Scientific memoirs by medical officers of the Army of India - Part XII,
Year: 1901
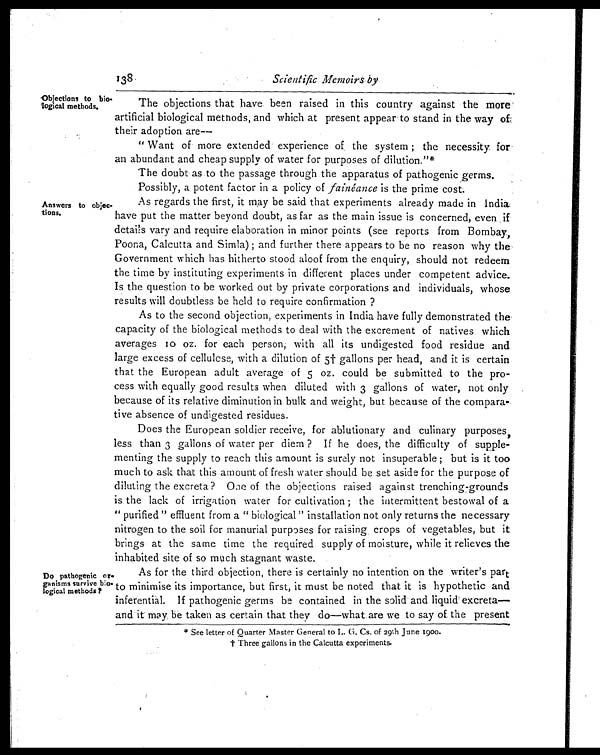
138
Scientific Memoirs by
Objections to bio
-logical methods.
Answers to objec
-tions.
The objections that have been raised in this country against the more
artificial biological methods, and which at present appear to stand in the way of
their adoption are—
"Want of more extended experience of the system; the necessity for
an abundant and cheap supply of water for purposes of dilution."*
The doubt as to the passage through the apparatus of pathogenic germs.
Possibly, a potent factor in a policy of
fainéance is the prime cost.
As regards the first, it may be said that experiments already made in India
have put the matter beyond doubt, as far as the main issue is concerned, even if
details vary and require elaboration in minor points (see reports from Bombay,
Poona, Calcutta and Simla); and further there appears to be no reason why the
Government which has hitherto stood aloof from the enquiry, should not redeem
the time by instituting experiments in different places under competent advice.
Is the question to be worked out by private corporations and individuals, whose
results will doubtless be held to require confirmation?
As to the second objection, experiments in India have fully demonstrated the
capacity of the biological methods to deal with the excrement of natives which
averages 10 oz. for each person, with all its undigested food residue and
large excess of cellulose, with a dilution of 5† gallons per head, and it is certain
that the European adult average of 5 oz. could be submitted to the pro--
cess with equally good results when diluted with 3 gallons of water, not only
because of its relative diminution in bulk and weight, but because of the compara--
tive absence of undigested residues.
Does the European soldier receive, for ablutionary and culinary purposes,
less than 3 gallons of water per diem? If he does, the difficulty of supple--
menting the supply to reach this amount is surely not insuperable; but is it too
much to ask that this amount of fresh water should be set aside for the purpose of
diluting the excreta? One of the objections raised against trenching grounds
is the lack of irrigation water for cultivation; the intermittent bestowal of a
"purified" effluent from a "biological" installation not only returns the necessary
nitrogen to the soil for manurial purposes for raising crops of vegetables, but it
brings at the same time the required supply of moisture, while it relieves the
inhabited site of so much stagnant waste.
Do pathogenic or-
ganisms survive bio-
logical methods?
As for the third objection, there is certainly no intention on the writer's part
to minimise its importance, but first, it must be noted that it is hypothetic and
inferential. If pathogenic germs be contained in the solid and liquid excreta
— a n d i t m a y b e t a k e n a s c e r t a i n t h a t t h e y d o — w h a t a r e w e t o s a y o f t h e p r e s e n t
* See letter of Quarter Master General to L. G. Cs. of 29th June 1900.
† Three gallons in the Calcutta experiments.